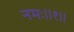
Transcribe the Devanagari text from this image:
नमः॥१॥